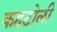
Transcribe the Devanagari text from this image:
कहटोली